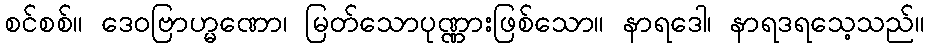
စင်စစ်။ ဒေဝဗြာဟ္မဏော၊ မြတ်သောပုဏ္ဏားဖြစ်သော။ နာရဒေါ၊ နာရဒရသေ့သည်။